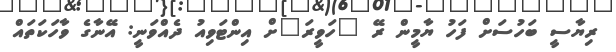
ރިޔާސީ ބަހުސަށް ފަހު ޔާމީން ރޭ "ހަވީރަ"ށް އިންޓަވިއު ދެއްވަނީ: އޭނާގެ ވާހަކަތައް